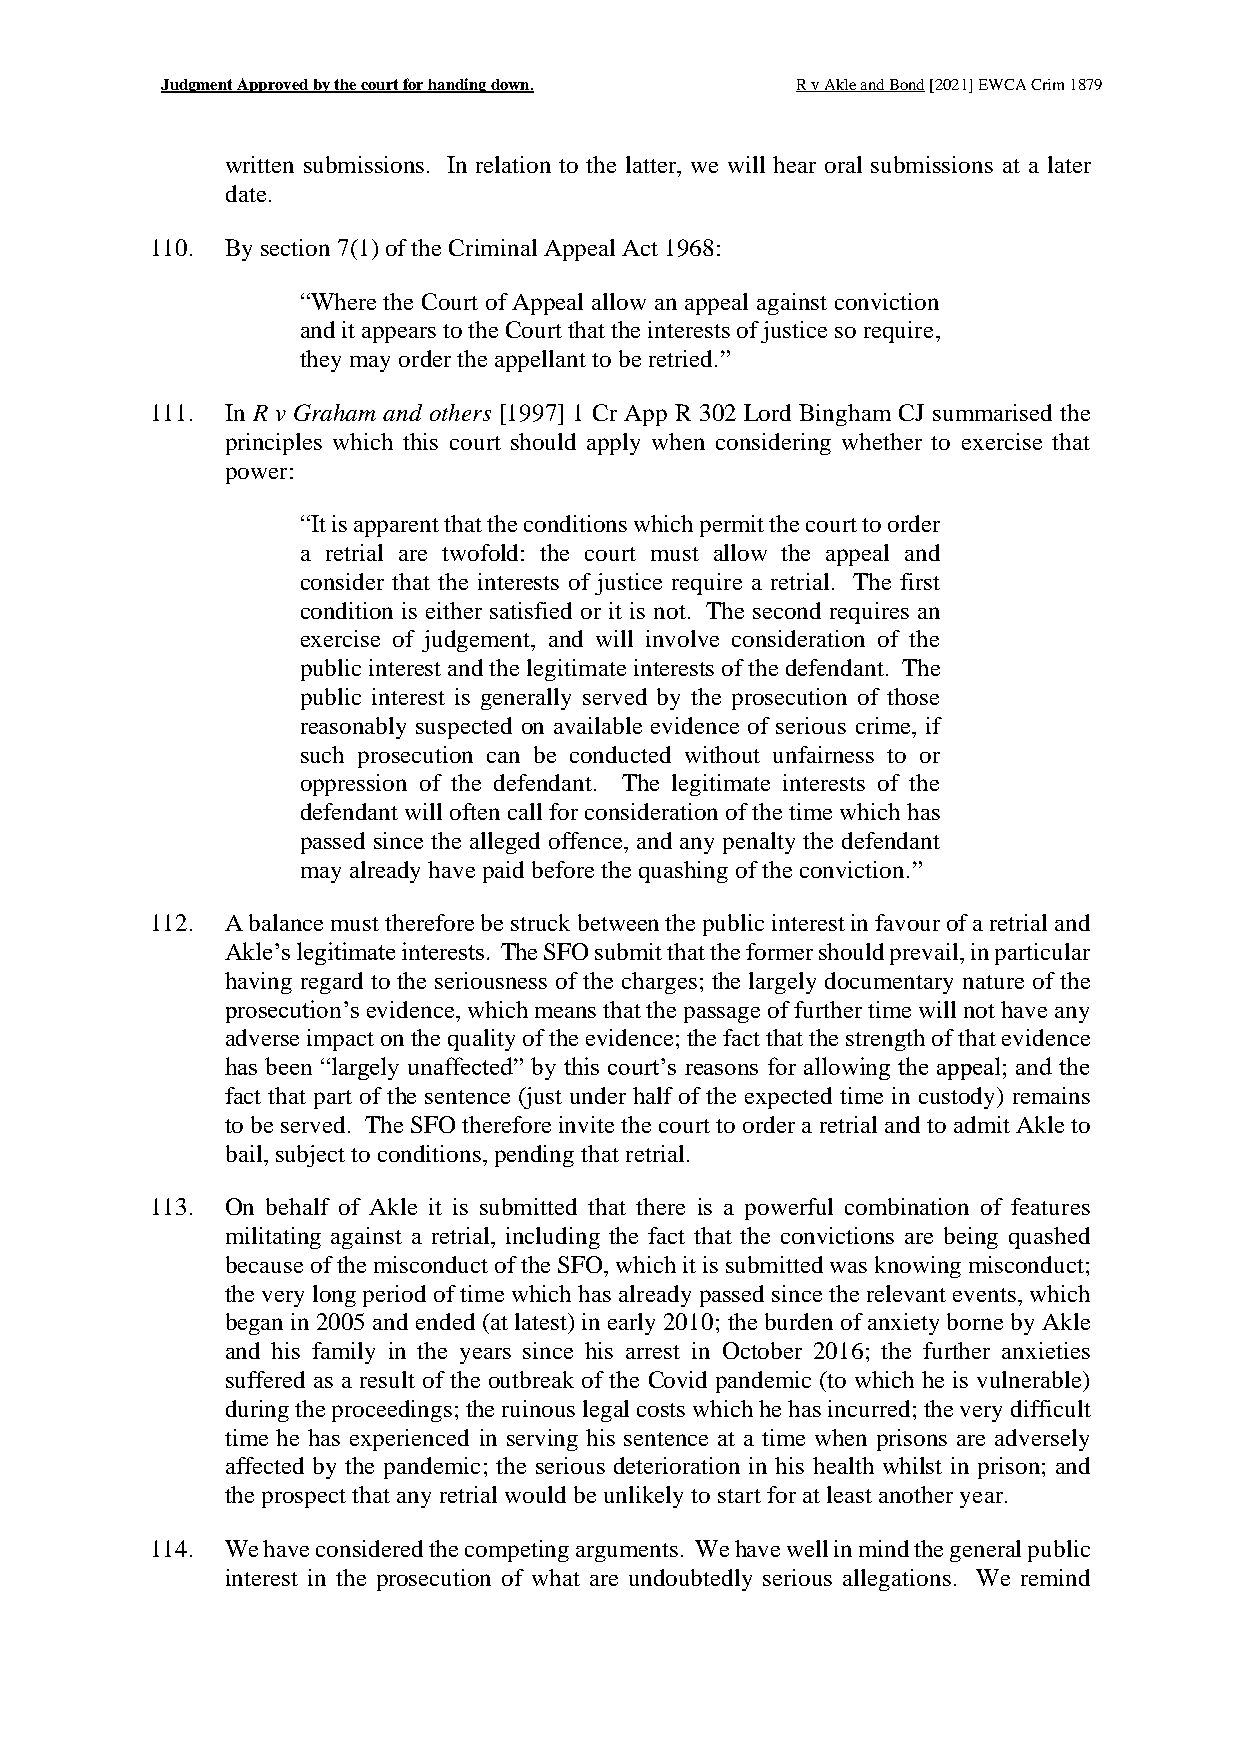
Judgment Approved by the court for handing down. R v Akle and Bond [2021] EWCA Crim 1879
 written submissions. In relation to the latter, we will hear oral submissions at a later
 date.
 110. By section 7(1) of the Criminal Appeal Act 1968:
 “Where the Court of Appeal allow an appeal against conviction
 and it appears to the Court that the interests of justice so require,
 they may order the appellant to be retried.”
 111. In R v Graham and others [1997] 1 Cr App R 302 Lord Bingham CJ summarised the
 principles which this court should apply when considering whether to exercise that
 power:
 “It is apparent that the conditions which permit the court to order
 a retrial are twofold: the court must allow the appeal and
 consider that the interests of justice require a retrial. The first
 condition is either satisfied or it is not. The second requires an
 exercise of judgement, and will involve consideration of the
 public interest and the legitimate interests of the defendant. The
 public interest is generally served by the prosecution of those
 reasonably suspected on available evidence of serious crime, if
 such prosecution can be conducted without unfairness to or
 oppression of the defendant. The legitimate interests of the
 defendant will often call for consideration of the time which has
 passed since the alleged offence, and any penalty the defendant
 may already have paid before the quashing of the conviction.”
 112. A balance must therefore be struck between the public interest in favour of a retrial and
 Akle’s legitimate interests. The SFO submit that the former should prevail, in particular
 having regard to the seriousness of the charges; the largely documentary nature of the
 prosecution’s evidence, which means that the passage of further time will not have any
 adverse impact on the quality of the evidence; the fact that the strength of that evidence
 has been “largely unaffected” by this court’s reasons for allowing the appeal; and the
 fact that part of the sentence (just under half of the expected time in custody) remains
 to be served. The SFO therefore invite the court to order a retrial and to admit Akle to
 bail, subject to conditions, pending that retrial.
 113. On behalf of Akle it is submitted that there is a powerful combination of features
 militating against a retrial, including the fact that the convictions are being quashed
 because of the misconduct of the SFO, which it is submitted was knowing misconduct;
 the very long period of time which has already passed since the relevant events, which
 began in 2005 and ended (at latest) in early 2010; the burden of anxiety borne by Akle
 and his family in the years since his arrest in October 2016; the further anxieties
 suffered as a result of the outbreak of the Covid pandemic (to which he is vulnerable)
 during the proceedings; the ruinous legal costs which he has incurred; the very difficult
 time he has experienced in serving his sentence at a time when prisons are adversely
 affected by the pandemic; the serious deterioration in his health whilst in prison; and
 the prospect that any retrial would be unlikely to start for at least another year.
 114. We have considered the competing arguments. We have well in mind the general public
 interest in the prosecution of what are undoubtedly serious allegations. We remind